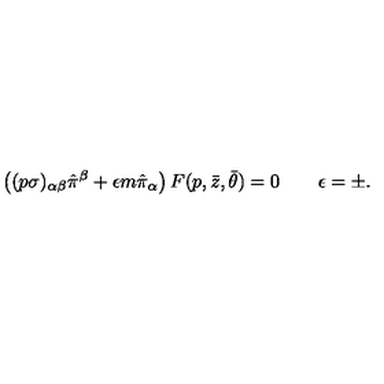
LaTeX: \left( ( p \sigma ) _ { \alpha \beta } \hat { \pi } ^ { \beta } + \epsilon m \hat { \pi } _ { \alpha } \right) F ( p , \bar { z } , \bar { \theta } ) = 0 \qquad \epsilon = \pm .